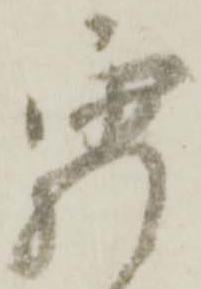
霜